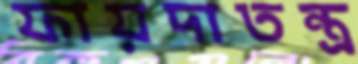
ফায়দাতন্ত্র